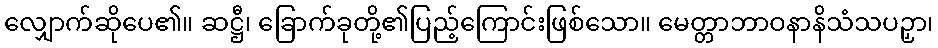
လျှောက်ဆိုပေ၏။ ဆဋ္ဌီ၊ ခြောက်ခုတို့၏ပြည့်ကြောင်းဖြစ်သော။ မေတ္တာဘာဝနာနိသံသပဉှာ၊